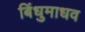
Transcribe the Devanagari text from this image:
बिंधुमाधव